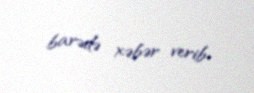
barədə xəbər verib.